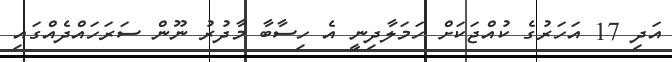
އަދި 17 އަހަރުގެ ކުއްޖަކަށް ހަމަލާދިނީ އެ ހިސާބާ މާދުރު ނޫން ސަރަހައްދެއްގައި